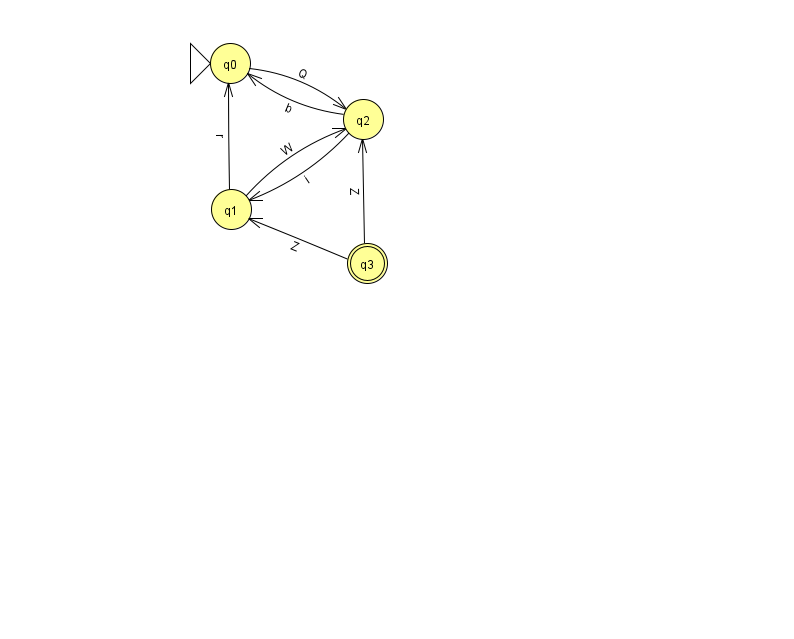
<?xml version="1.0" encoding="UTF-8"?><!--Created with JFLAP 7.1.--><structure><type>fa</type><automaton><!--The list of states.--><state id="0" name="q0"><x>230.0</x><y>50.0</y><initial/></state><state id="1" name="q1"><x>231.0</x><y>196.0</y></state><state id="2" name="q2"><x>363.0</x><y>106.0</y></state><state id="3" name="q3"><x>367.0</x><y>250.0</y><final/></state><!--The list of transitions.--><transition><from>1</from><to>2</to><read>W</read></transition><transition><from>1</from><to>0</to><read>r</read></transition><transition><from>3</from><to>2</to><read>Z</read></transition><transition><from>0</from><to>2</to><read>Q</read></transition><transition><from>2</from><to>1</to><read>i</read></transition><transition><from>3</from><to>1</to><read>Z</read></transition><transition><from>2</from><to>0</to><read>b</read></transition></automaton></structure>